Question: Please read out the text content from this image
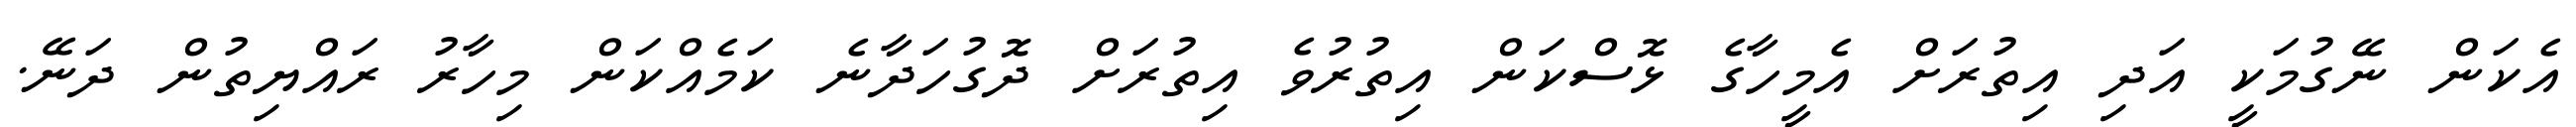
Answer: އެކަން ނޭގުމަކީ އަދި އިތުރަށް އެމީހާގެ ޅޮސްކަން އިތުރުވެ އިތުރަށް ދޮގުހަދާނެ ކަމެއްކަން މިހާރު ރައްޔިތުން ދަނޭ.